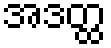
အဒတ္ထ